Treatise on elephants
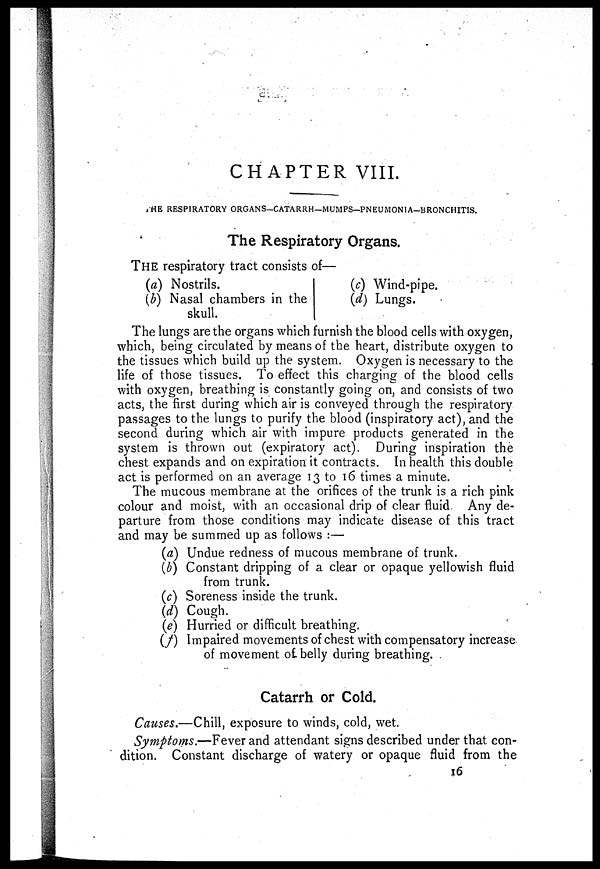
CHAPTER VIII.
THE RESPIRATORY ORGANS—CATARRH—MUMPS—PNEUMONIA—BRONCHITIS.
The Respiratory Organs.
THE respiratory tract consists of—
(a) Nostrils.
(b) Nasal chambers in the
skull.
(c) Wind-pipe.
(d) Lungs.
The lungs are the organs which furnish the blood cells with oxygen,
which, being circulated by means of the heart, distribute oxygen to
the tissues which build up the system. Oxygen is necessary to the
life of those tissues. To effect this charging of the blood cells
with oxygen, breathing is constantly going on, and consists of two
acts, the first during which air is conveyed through the respiratory
passages to the lungs to purify the blood (inspiratory act), and the
second during which air with impure products generated in the
system is thrown out (expiratory act). During inspiration the
chest expands and on expiration it contracts. In health this double
act is performed on an average 13 to 16 times a minute.
The mucous membrane at the orifices of the trunk is a rich pink
colour and moist, with an occasional drip of clear fluid. Any de-
parture from those conditions may indicate disease of this tract
and may be summed up as follows :—
(a) Undue redness of mucous membrane of trunk.
(b) Constant dripping of a clear or opaque yellowish fluid
from trunk.
(c) Soreness inside the trunk.
(d) Cough.
(e) Hurried or difficult breathing.
(f) Impaired movements of chest with compensatory increase
of movement of belly during breathing.
Catarrh or Cold.
Causes.—Chill, exposure to winds, cold, wet.
Symptoms.—Fever and attendant signs described under that con-
dition. Constant discharge of watery or opaque fluid from the
16